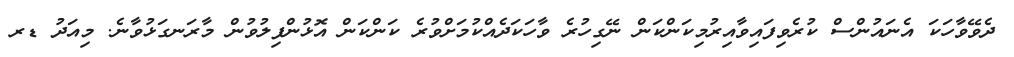
ދެވޭވާހަކަ އެނައުންސް ކުރެވިފައިވާއިރުމިކަންކަން ނޭގިހުރެ ވާހަކަދެއްކުމަށްވުރެ ކަންކަން އޮޅުންފިލުވުން މާރަނގަޅުވާނެ. މިއަދު ޑރ